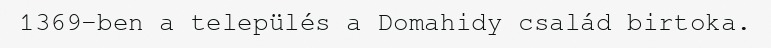
1369-ben a település a Domahidy család birtoka.